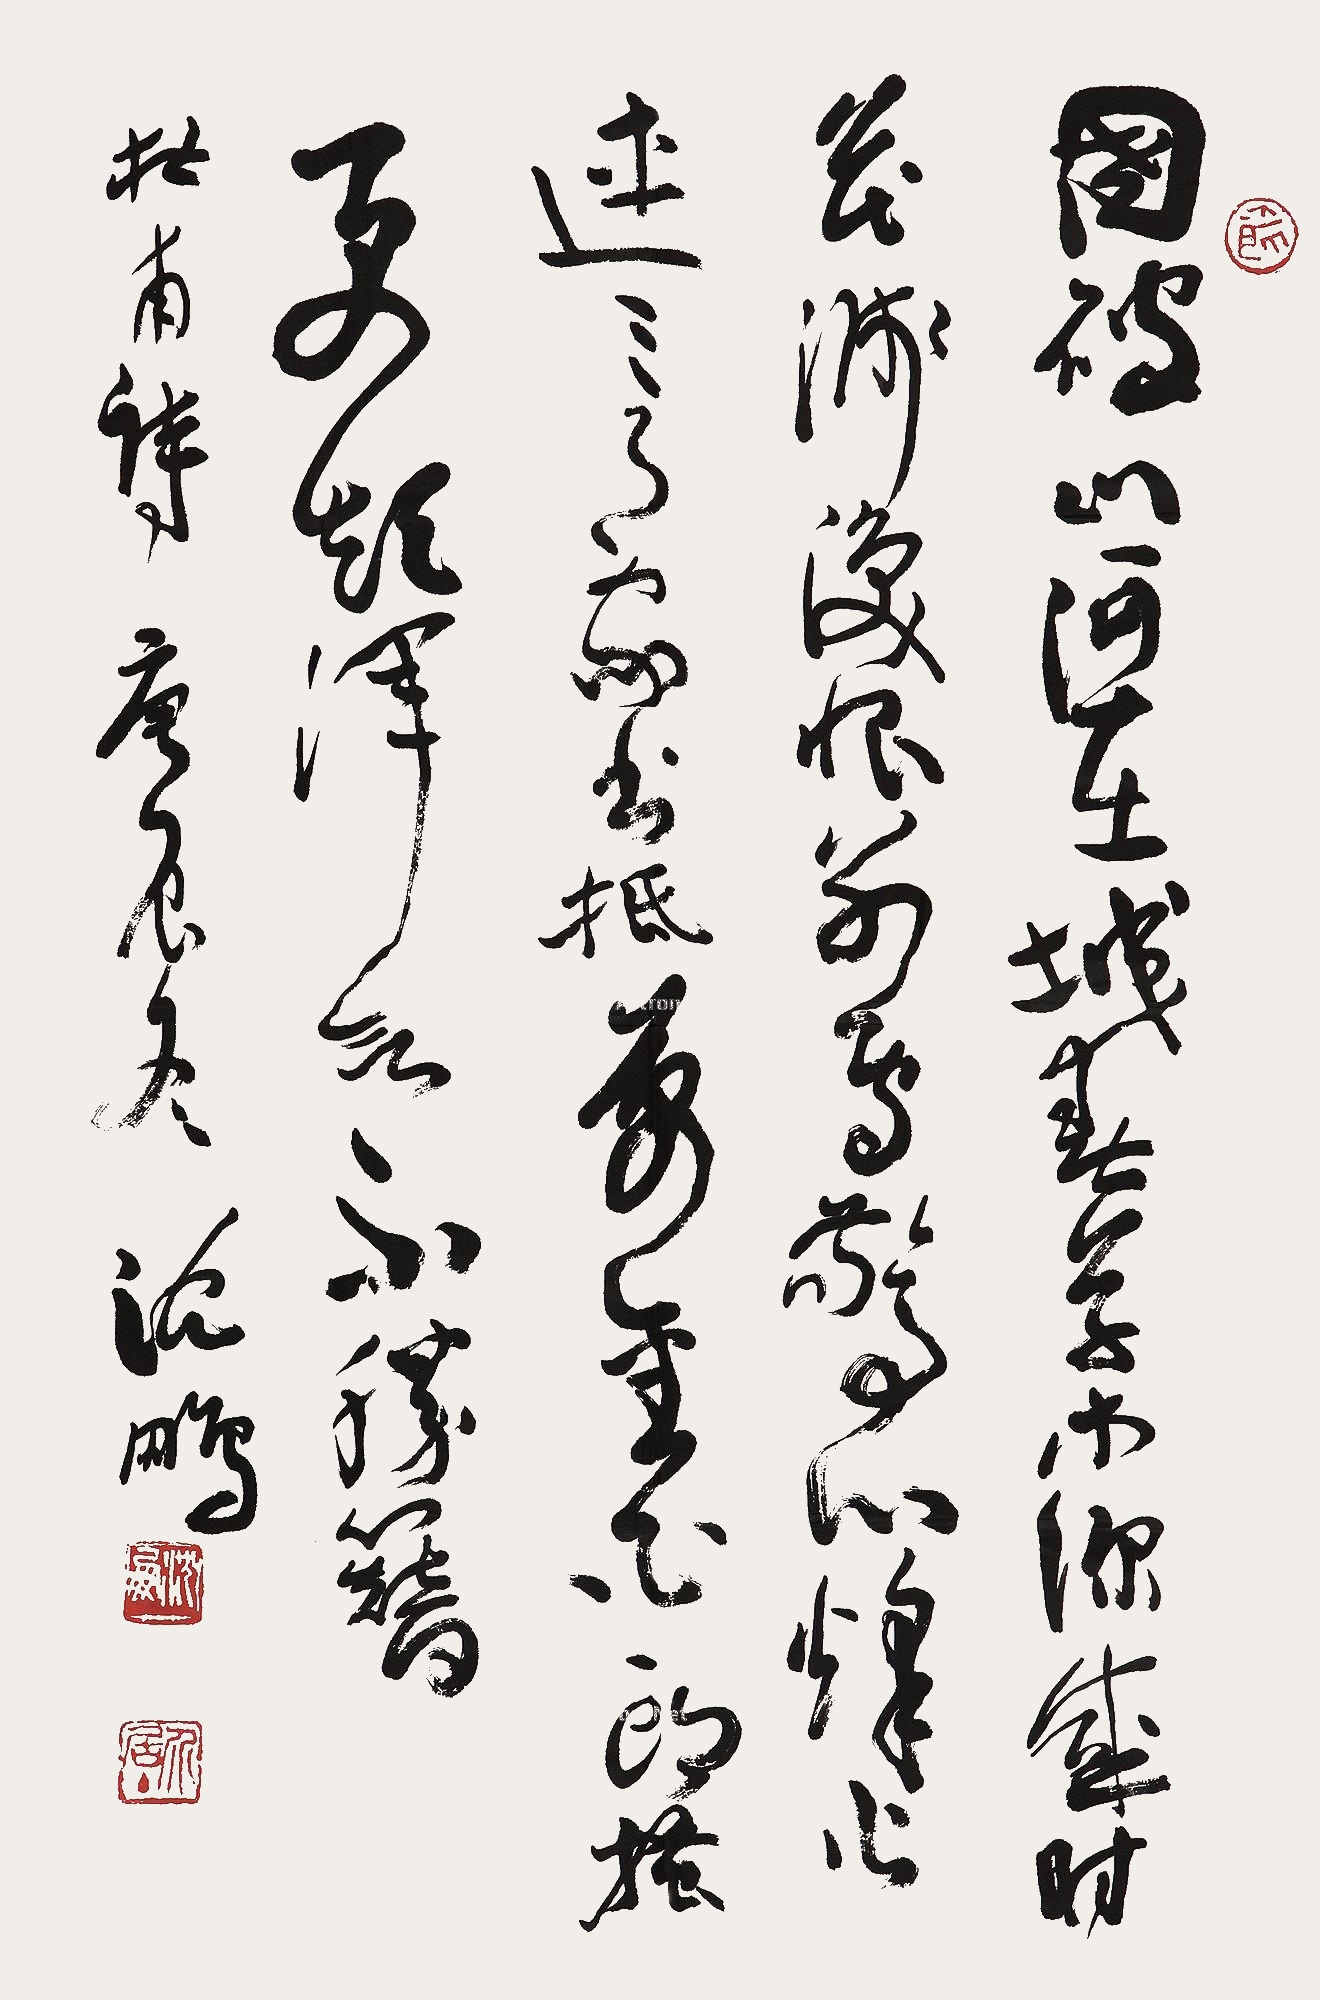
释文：国破山河在，城春草木深。感时花溅泪，恨别鸟惊心。烽火连三月，家书抵万金。白头搔更短，浑欲不胜簪。杜甫诗，庚辰（2000年）冬，沈鹏。